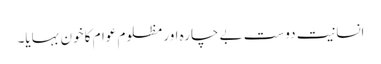
انسانیت دوست بے چارہ اور مظلوم عوام کا خون بہایا۔